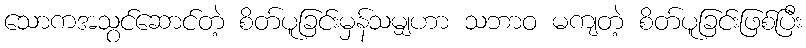
သောကအသွင်ဆောင်တဲ့ စိတ်ပူခြင်းမှန်သမျှဟာ သဘာဝ မကျတဲ့ စိတ်ပူခြင်းဖြစ်ပြီး